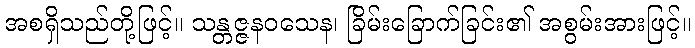
အစရှိသည်တို့ဖြင့်။ သန္တဇ္ဇနဝသေန၊ ခြိမ်းခြောက်ခြင်း၏ အစွမ်းအားဖြင့်။